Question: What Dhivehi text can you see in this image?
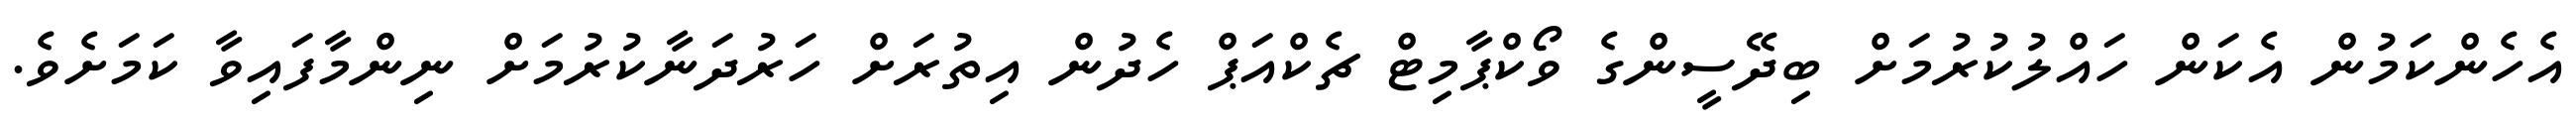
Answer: އެހެންކަމުން އެކަން ހައްލުކުރުމަށް ބިދޭސީންގެ ވޯކްޕާމިޓް ޗެކްއަޕް ހެދުން އިތުރަށް ހަރުދަނާކުރުމަށް ނިންމާފައިވާ ކަމަށެވެ.